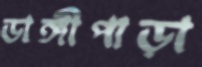
ডাঙ্গীপাড়া